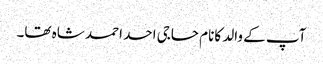
آپ کے والد کانام حاجی احد احمد شاہ تھا۔